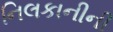
નિલકાનીની